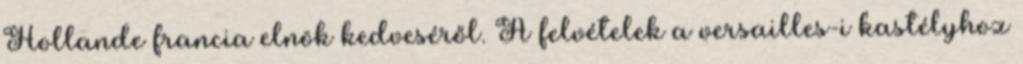
Hollande francia elnök kedveséről. A felvételek a versailles-i kastélyhoz